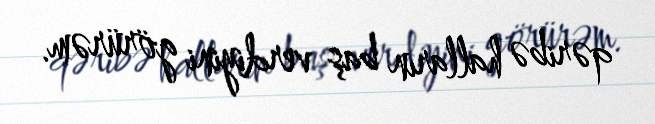
qəribə halların baş verdiyini görürəm.